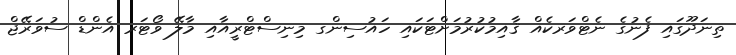
ތިނަދޫގައި ފެނުގެ ނެޓްވަރކެއް ޤާއިމުކުރުމަށްޓަކައި ހައުސިންގ މިނިސްޓްރީއާއި މާލޭ ވޯޓަރ އެންޑް ސުވަރޭޖް